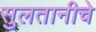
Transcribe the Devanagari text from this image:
सुलतानीचे